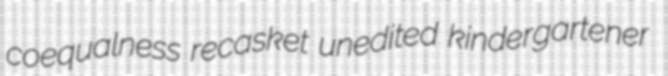
coequalness recasket unedited kindergartener